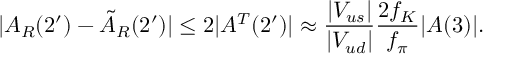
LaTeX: | A _ { R } ( 2 ^ { \prime } ) - \tilde { A } _ { R } ( 2 ^ { \prime } ) | \leq 2 | A ^ { T } ( 2 ^ { \prime } ) | \approx \frac { | V _ { u s } | } { | V _ { u d } | } \frac { 2 f _ { K } } { f _ { \pi } } | A ( 3 ) | .